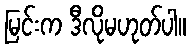
မြင်းက ဒီလိုမဟုတ်ပါ။